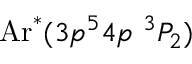
\mathrm { A r } ^ { * } ( 3 p ^ { 5 } 4 p \ ^ { 3 } P _ { 2 } )